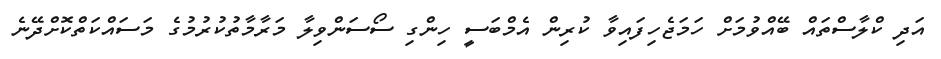
އަދި ކްލާސްތައް ބޭއްވުމަށް ހަމަޖެހިފައިވާ ކުރިން އެމްބަސީ ހިންގި ސޯސަންވިލާ މަރާމާތުކުރުމުގެ މަސައްކަތްކޮށްދޭނެ